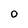
Character: 0